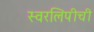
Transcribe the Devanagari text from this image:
स्वरलिपीची